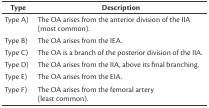
| Type | Description |
 | --- | --- |
 | Type A) | The OA arises from the anterior division of the IIA (most common). |
 | Type B) | The OA arises from the IEA. |
 | Type C) | The OA is a branch of the posterior division of the IIA. |
 | Type D) | The OA arises from the IIA, above its final branching. |
 | Type E) | The OA arises from the EIA. |
 | Type F) | The OA arises from the femoral artery (least common). |